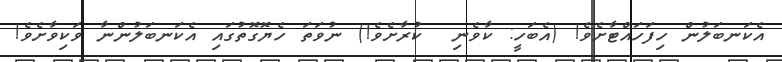
އެކަނބަލުން ހިފަހައްޓާށެވެ! (އެބަހީ: ކާވެނި  ކުރާށެވެ!) ނުވަތަ ހެޔޮގޮތުގައި އެކަނބަލުންނާ ވަކިވާށެވެ!